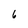
Character: 6